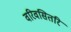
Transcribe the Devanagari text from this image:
वरिवसितरि